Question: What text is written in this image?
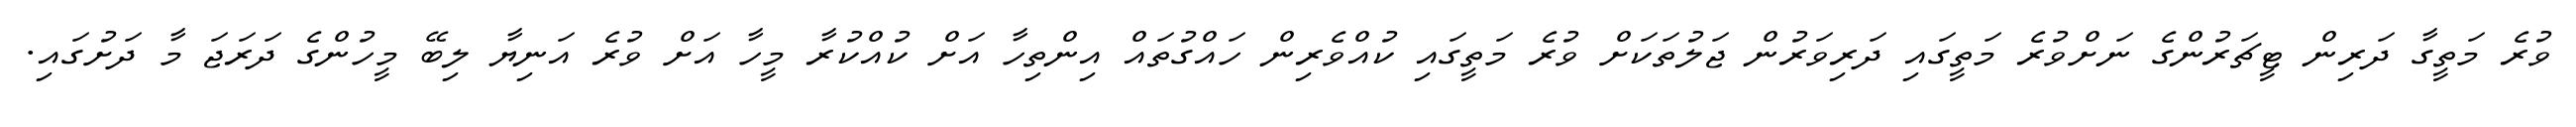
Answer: ވުރެ މަތީގާ ދަރިން ޓީޗަރުންގެ ނަށްވުރެ މަތީގައި ދަރިވަރުން ޖަލުތަކަށް ވުރެ މަތީގައި ކުއްވެރިން ހައްގުތައް އިންތިހާ އަށް ކުއްކުރާ މީހާ އަށް ވުރެ އަނިޔާ ލިބޭ މީހުންގެ ދަރަޖަ މާ ދަށުގައި.